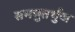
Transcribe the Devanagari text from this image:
समचुतर्भुज